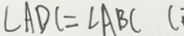
\angle A D C = \angle A B C (